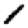
Digit: 1